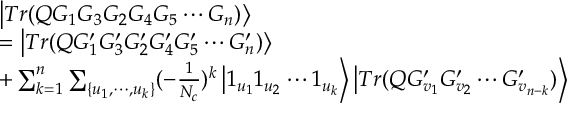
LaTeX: \begin{array} { l } { { \left| T r ( Q G _ { 1 } G _ { 3 } G _ { 2 } G _ { 4 } G _ { 5 } \cdots G _ { n } ) \right\rangle } } \\ { { = \left| T r ( Q G _ { 1 } ^ { \prime } G _ { 3 } ^ { \prime } G _ { 2 } ^ { \prime } G _ { 4 } ^ { \prime } G _ { 5 } ^ { \prime } \cdots G _ { n } ^ { \prime } ) \right\rangle } } \\ { { + \sum _ { k = 1 } ^ { n } \sum _ { \{ u _ { 1 } , \cdots , u _ { k } \} } ( - \frac 1 { N _ { c } } ) ^ { k } \left| 1 _ { u _ { 1 } } 1 _ { u _ { 2 } } \cdots 1 _ { u _ { k } } \right\rangle \left| T r ( Q G _ { v _ { 1 } } ^ { \prime } G _ { v _ { 2 } } ^ { \prime } \cdots G _ { v _ { n - k } } ^ { \prime } ) \right\rangle } } \end{array}